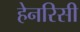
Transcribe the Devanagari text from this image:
हेनरिसी